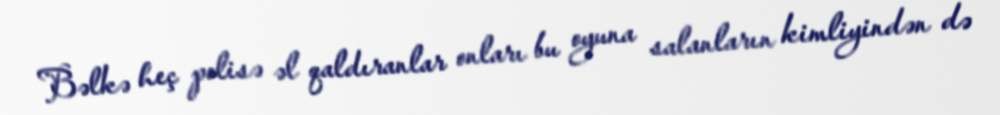
Bəlkə heç polisə əl qaldıranlar onları bu oyuna salanların kimliyindən də